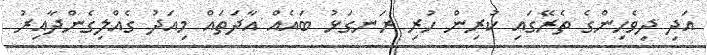
އަދި ދިވެހިންގެ ތެރޭގައި ކުރިން ހުރި ރަނގަޅު ބައެއް އާދަތައް މިއަދު ގެއްލިގެންދާއިރު